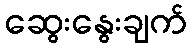
ဆွေးနွေးချက်